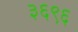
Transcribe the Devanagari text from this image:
३६९६